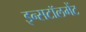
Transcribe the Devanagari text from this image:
इन्सटॉलमेंट